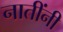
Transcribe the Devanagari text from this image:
नातींनी